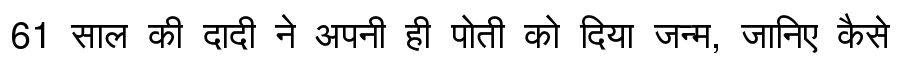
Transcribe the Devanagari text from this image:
61 साल की दादी ने अपनी ही पोती को दिया जन्म, जानिए कैसे